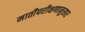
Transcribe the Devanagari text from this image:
मातीपरीक्षणानुसार